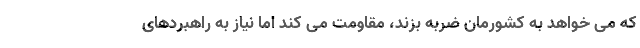
که می خواهد به کشورمان ضربه بزند، مقاومت می کند اما نیاز به راهبردهای